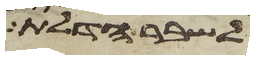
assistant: לשבר הדלת